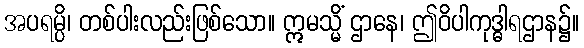
အပရမ္ပိ၊ တစ်ပါးလည်းဖြစ်သော။ ဣမသ္မိံ ဌာနေ၊ ဤဝိပါကုဒ္ဓါရဌာန၌။